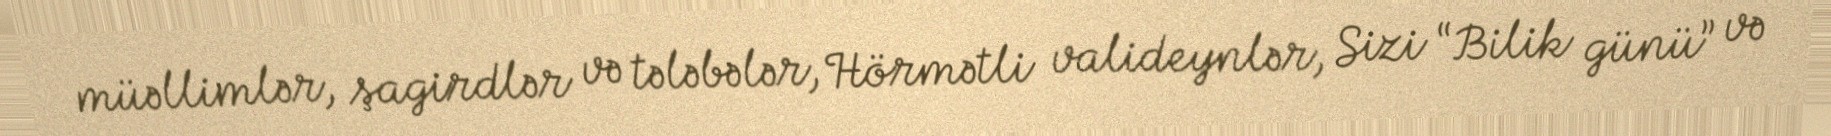
müəllimlər, şagirdlər və tələbələr, Hörmətli valideynlər, Sizi “Bilik günü” və